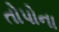
તોપોના